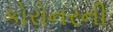
કોરોનરની